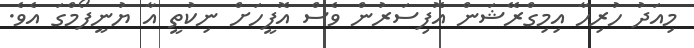
މިއަދު ހުރިހާ އިމިގްރޭޝަން އޮފިސަރުން ވެސް އޮފީހަށް ނިކުތީ އާ ޔުނީފޯމްގަ އެވެ.